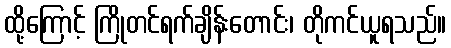
ထို့ကြောင့် ကြိုတင်ရက်ချိန်းတောင်း၊ တိုကင်ယူရသည်။